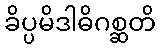
ခိပ္ပမိဒါဓိဂစ္ဆတိ